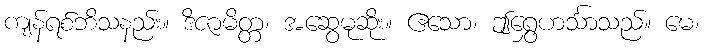
ကျန်ရစ်ဘိသနည်း။ ဒိဇာမိတ္တ၊ အဆွေမုဆိုး။ ဧသော၊ ဤရွှေဟင်္သာသည်။ မေ၊